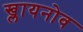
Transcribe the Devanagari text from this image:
ख्लायनोव